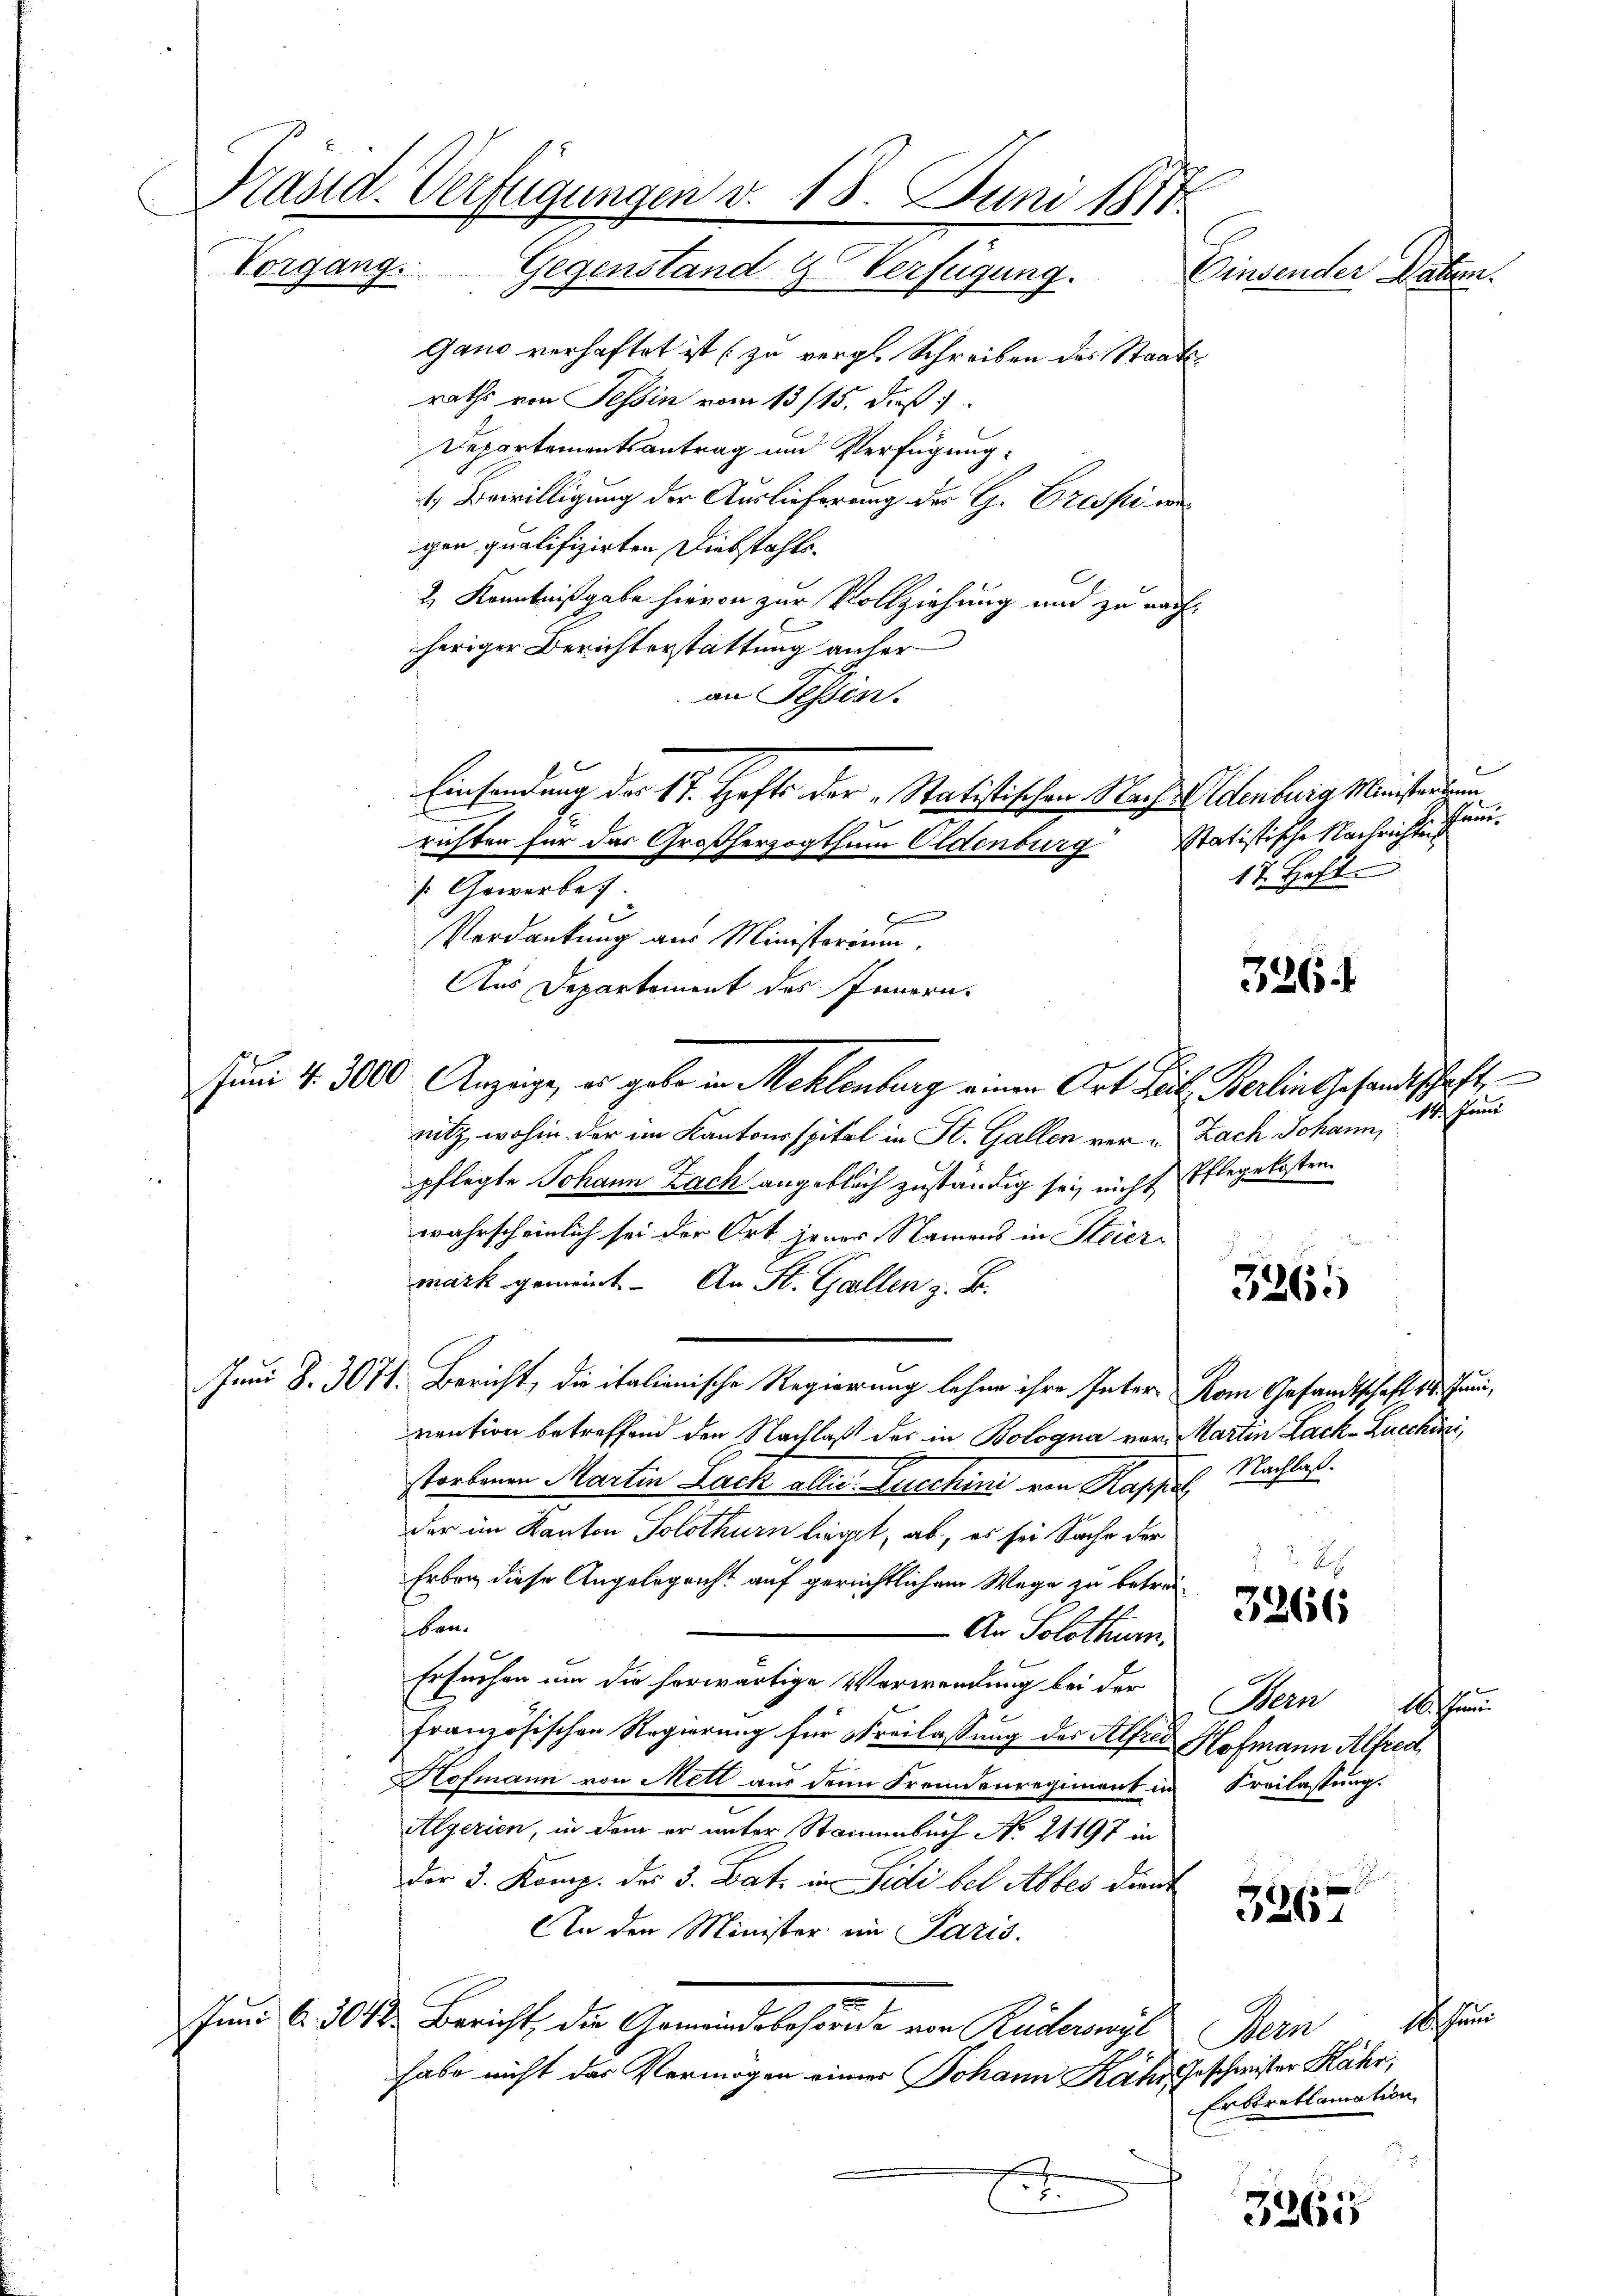
Präsid. Verfügungen v. 18. Juni 1811
Vorgang. Gegenstand u. Verfügung.
Einsender Daten.

gano verhaftet ist (zu vergl. Schreiben des Staats-
raths von Tessin vom 13/15. dieß
Departementsantrag und Verfügung
4. Bewilligung der Auslieferung des G. Fressi we
gen qualifizirten Diebstahle.
2) Kenntnißgabe hievon zur Vollziehung und zu nachheriger Berichterstattung anher
an Tessin.
 Gewerbef.
Verdankung aus Ministerium.
nitz, wohin der im Kantonsspital in St. Gallen vor u Zach Johann, 18. Juni
pflegte Johann Zach angeblich zuständig sei nicht Pflegekosten.
wahrscheinlich sei der Ort jener Namens in Steier-
mark gemeint. - An St. Gallen z. B.
3265
Juni d. 3071. Bericht, die italienische Regierung lohne ihre Inter Rom Gesandtschaft 14. Juni,
vention betreffend den Nachlaß der in Bologna vor. Martin Lack-Zucchini
Nachlaß.
storbenen Martin Lack aller Berechini ein Hapsal
der im Kanton Solothurn liegt, ab, es sei Sache der

Erban diese Angelogricht auf gerichtlichem Wege zu betrei¬
3266
ben.
An Solothurn.
Ersuchen um die herwärtige Verwendung bei der
Bern 16. Juni
französischen Regierung für Freilassung der Alfred Hofmann Alfreit
Hofmann von Mett aus dem Fremdenregiment in Freilassung.
Algerien, in dem er unter Stainenbach No. 21197 in
d
der 2. Komp. des 3. Bat. in Sidi bei Abbes dient
326.
An den Minister im Paris.
Juni d. 301. Bericht, die Gemeindsbehörde von Rüderswyl
Bern 18. Juni
habe nicht das Vermögen einer Johann Kaher Geschwister Kähr,
Erboretlamation
.
.
E
3265

Einsendung der 17. Hefte der „Statistischen Nach Eldenburg Ministerdien
richten für das Großherzogthum Oldenburg

Aus Departement des Innern.
Juni d. 3000. Anzeige, es gebe in Mehlenburg einen Art Teil Berlin Gesandtschaft

b
Pau
statistische Nachrichten
17. Hoft

326